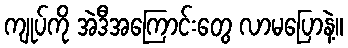
ကျုပ်ကို အဲဒီအကြောင်းတွေ လာမပြောနဲ့။